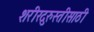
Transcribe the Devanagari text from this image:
शरीरदुरुस्तीसाठी